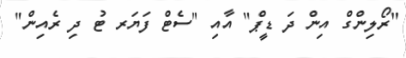
"ރޯލިންގް އިން ދަ ޑީޕް" އާއި "ސެޓް ފަޔަރ ޓު ދި ރެއިން"